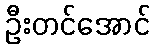
ဦးတင်အောင်